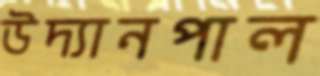
উদ্যানপাল